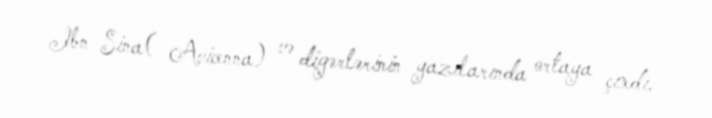
Ibn Sina( Avicenna) və digərlərinin yazılarında ortaya çıxdı.